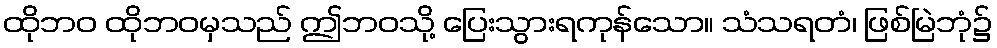
ထိုဘဝ ထိုဘဝမှသည် ဤဘဝသို့ ပြေးသွားရကုန်သော။ သံသရတံ၊ ဖြစ်မြဲဘုံ၌